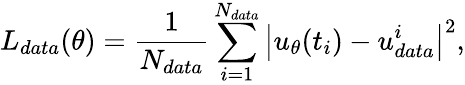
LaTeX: L_{data}(\theta)=\frac{1}{N_{data}}\sum_{i=1}^{N_{data}}\left|{u_{\theta}}(t_{i})-u_{data}^{i}\right|^{2},